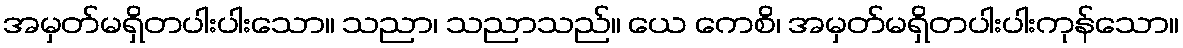
အမှတ်မရှိတပါးပါးသော။ သညာ၊ သညာသည်။ ယေ ကေစိ၊ အမှတ်မရှိတပါးပါးကုန်သော။